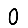
Digit: 0